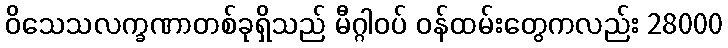
ဝိသေသလက္ခဏာတစ်ခုရှိသည် မီဂ္ဂါဝပ် ဝန်ထမ်းတွေကလည်း 28000